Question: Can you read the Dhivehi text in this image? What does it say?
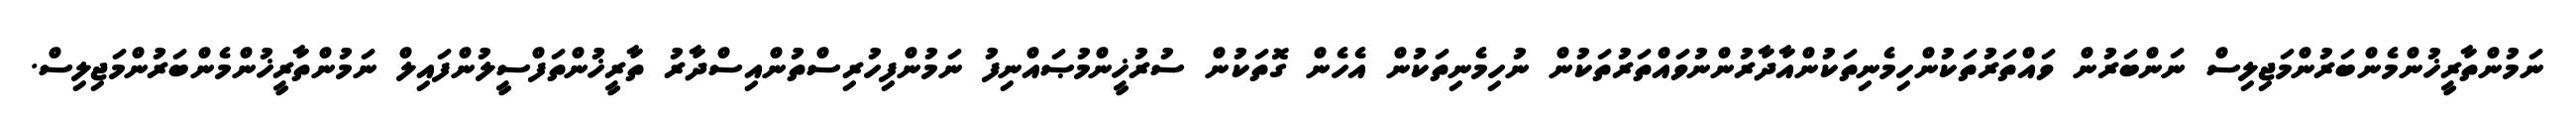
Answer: ނަމުންތާރީޚުންމެންބަރުންމަޖިލިސް ނަންބަރުން ވައްތަރުތަކުންހިމެނިތަކުންއާދާރުންނުވައްތަރުތަކުން ނުހިމެނިތަކުން އެހެން ގޮތަކުން ސުރުޚީންމުޞައްނިފު ނަމުންފިހުރިސްތުންއިސްދާރު ތާރީޚުންތަފްސީލުންފައިލް ނަމުންތާރީޚުންމެންބަރުންމަޖިލިސް.